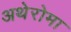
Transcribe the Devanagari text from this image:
अथेरोमा